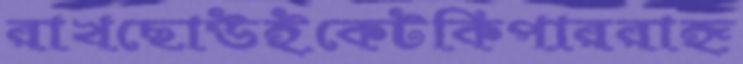
রাখছোউইকেটকিপাররাহৃ